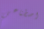
اصطناعي